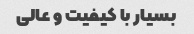
بسیار با کیفیت و عالی